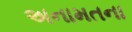
અનામતના